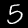
Label: 5